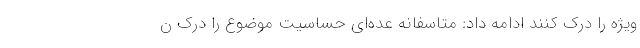
ویژه را درک کنند ادامه داد: متاسفانه عده‌ای حساسیت موضوع را درک ن